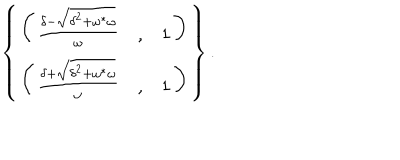
\left\{ \begin{array} { c } { { \left( \begin{array} { c l c } { { \frac { \delta - \sqrt { \delta ^ { 2 } + \omega ^ { \ast } \omega } } { \omega } } } & { { , } } & { { 1 } } \\ \end{array} \right) } } \\ { { \left( \begin{array} { c l c } { { \frac { \delta + \sqrt { \delta ^ { 2 } + \omega ^ { \ast } \omega } } { \omega } } } & { { , } } & { { 1 } } \\ \end{array} \right) } } \\ \end{array} \right\} .